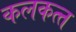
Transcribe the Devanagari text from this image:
कलकत्‍त